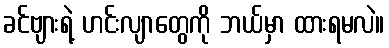
ခင်ဗျားရဲ့ ဟင်းလျာတွေကို ဘယ်မှာ ထားရမလဲ။